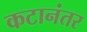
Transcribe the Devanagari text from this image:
कटानंतर